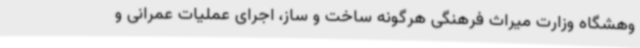
وهشگاه وزارت میراث فرهنگی هرگونه ساخت و ساز، اجرای عملیات عمرانی و